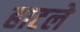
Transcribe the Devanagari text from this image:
हाटले